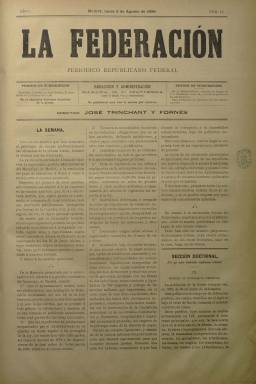
Título: La Federación (Madrid. 1889)
Colección: Periódicos
Ámbito geográfico: Madrid
Lugar de publicación: Madrid
Fechas: 05/08/1889-27/04/1890

Este semanario sustituyó a La Escoba con su misma dirección y su misma línea editorial y contenido, razón por la que la primera vez que salió a la calle lo hizo con el número 14 de 5 de agosto de 1889, siguiendo la numeración del anterior.

  Subtitulado ‘Periódico Republicano Federal’, su inspirador era el ex presidente de la I República Pi i Margall cuyos discursos y cartas recibían una amplia acogida en la publicación. Su  director era José Trinchant y Fornés, quien corriendo el tiempo acabó criticando el fuerte personalismo del líder en un libro publicado en 1900 titulado: ‘Pi i Margall ante el regionalismo, la federación y la patria’, en el que le acusaba de “retardar el triunfo de la Democracia en beneficio de la causa de la reacción” y  de “desorganizar a los republicanos federales”.

  De cuatro páginas y compuesto a tres columnas, La Federación contaba con las secciones ‘La Semana’, en la que se comentaba la actualidad política, una ‘Sección Doctrinal’ en la que defendía sus posiciones ideológicas y la de ‘Escobadas y Escobazos’ en la que satirizaba a los personajes de la vida nacional y criticaba la línea política de los periódicos rivales.

  En su primer número comenta el rumor extendido de que el Papa pretendía abandonar Roma, debido a una supuesta inminente guerra, para instalarse en España, concretamente en Sevilla. Que el rumor era consistente lo prueba el hecho de que el Ayuntamiento de Sevilla ofreciera al Papa la ciudad como residencia y de que La Federación publicara una carta de protesta de los republicanos sevillanos.

  Al igual que hiciera La Escoba, su continuador siguió publicando en verso la sección ‘Tipos y Topos. Galería de Hombres Públicos’ para que a modo de acertijo los lectores adivinaran de qué político se trataba. Seguía siendo firmada por J. Mostacilla, presumiblemente el mismo director José Trinchant.

   El número 52 de de 27 de abril de 1890 fue el último de esta publicación. Así lo dejó claro su director, que dedicó sus páginas a explicarse y desahogarse, dejando ver una velada crítica a Pi y Margall, crítica que años más tarde sería notoria con las acusaciones publicadas en el libro antes citado.

   “Yo comprendería que el señor Pi hiriese en defensa propia al que tratara de herirle; lo que no comprendo es que haya destrozado el pecho que generosamente se prestara a servirle de escudo”, escribe José Trinchant en la última entrega de la Federación, en la que afirma que decide suspender su publicación para no entorpecer o retardar la aparición de un diario federal dirigido por hombres “más afortunados”, lo que hay que leer entre líneas como personas más dóciles con la jefatura del líder.

  En sus dos últimas páginas, La Federación publicó una amplia relación de correligionarios, provincia a provincia, que habían contribuido con su influencia y propaganda y con su dinero al sostenimiento de la publicación, que no había estado exenta de problemas económicos.

[Descripción publicada el 26/7/2018]